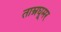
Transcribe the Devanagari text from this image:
ताम्रघूमर